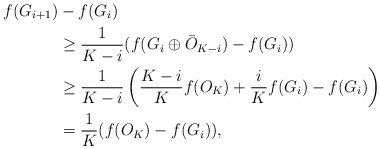
\begin{align*}f(G_{i+1})&-f(G_i)\\&\geq \frac{1}{K-i}(f(G_i\oplus \bar{O}_{K-i})-f(G_i))\\&\geq \frac{1}{K-i}\left(\frac{K-i}{K}f(O_K)+\frac{i}{K}f(G_i)-f(G_i)\right)\\&= \frac{1}{K}(f(O_K)-f(G_i)),\end{align*}